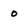
Character: o